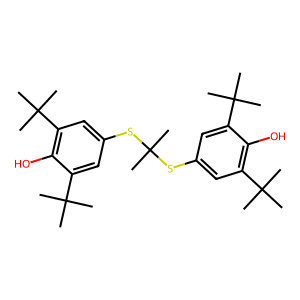
SMILES: CC(C)(Sc1cc(C(C)(C)C)c(O)c(C(C)(C)C)c1)Sc1cc(C(C)(C)C)c(O)c(C(C)(C)C)c1
Inhibits HIV replication: No